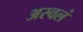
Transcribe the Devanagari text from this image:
अस्वलं